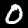
Label: 0